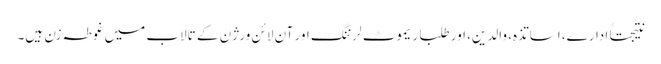
نتیجتاً ادارے، اساتذہ، والدین، اور طلبا ریموٹ لرننگ اور آن لائن ورژن کے تالاب میں غوطہ زن ہیں۔